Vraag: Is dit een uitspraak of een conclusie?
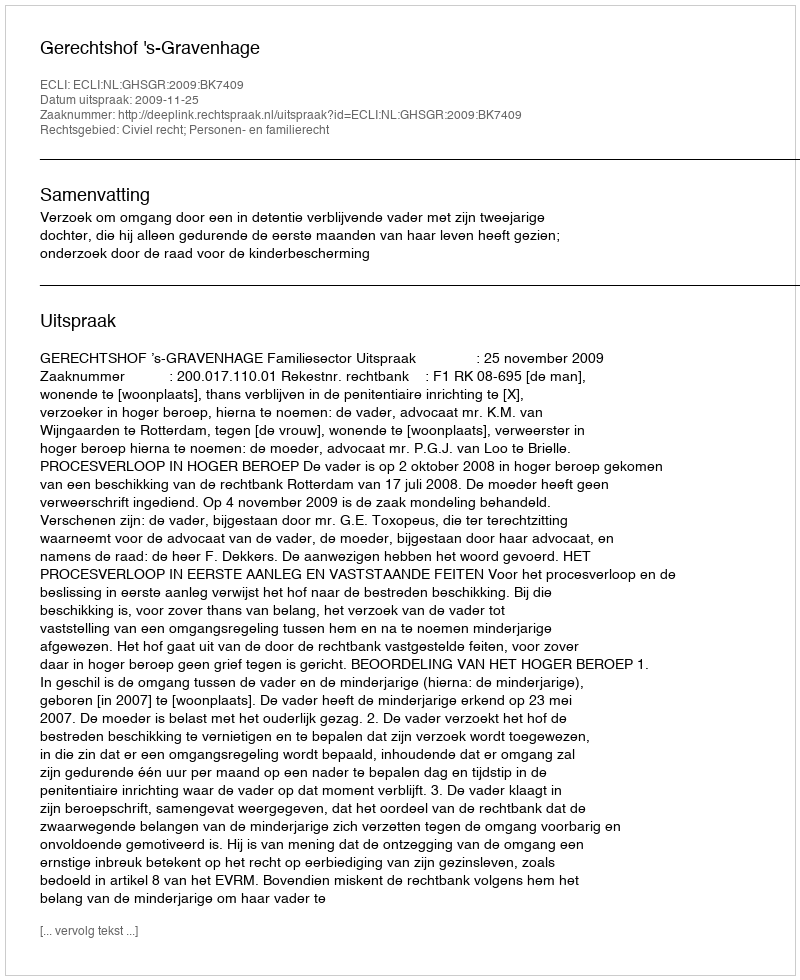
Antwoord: Uitspraak